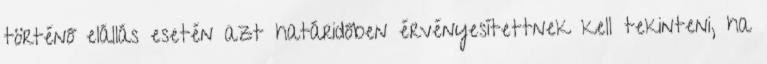
történő elállás esetén azt határidőben érvényesítettnek kell tekinteni, ha